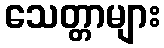
သေတ္တာများ